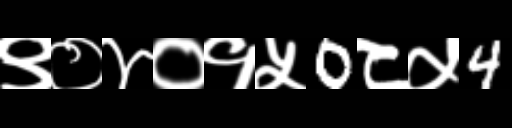
Text: ९०४०१५0८५4